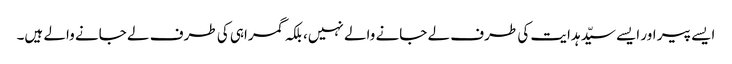
ایسے پیر اور ایسے سیّد ہدایت کی طرف لے جانے والے نہیں، بلکہ گمراہی کی طرف لے جانے والے ہیں۔